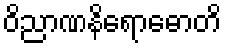
ဝိညာဏနိရောဓောတိ